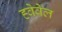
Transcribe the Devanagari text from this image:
ह्वेवेल